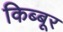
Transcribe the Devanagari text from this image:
किब्बूर